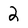
Character: 2